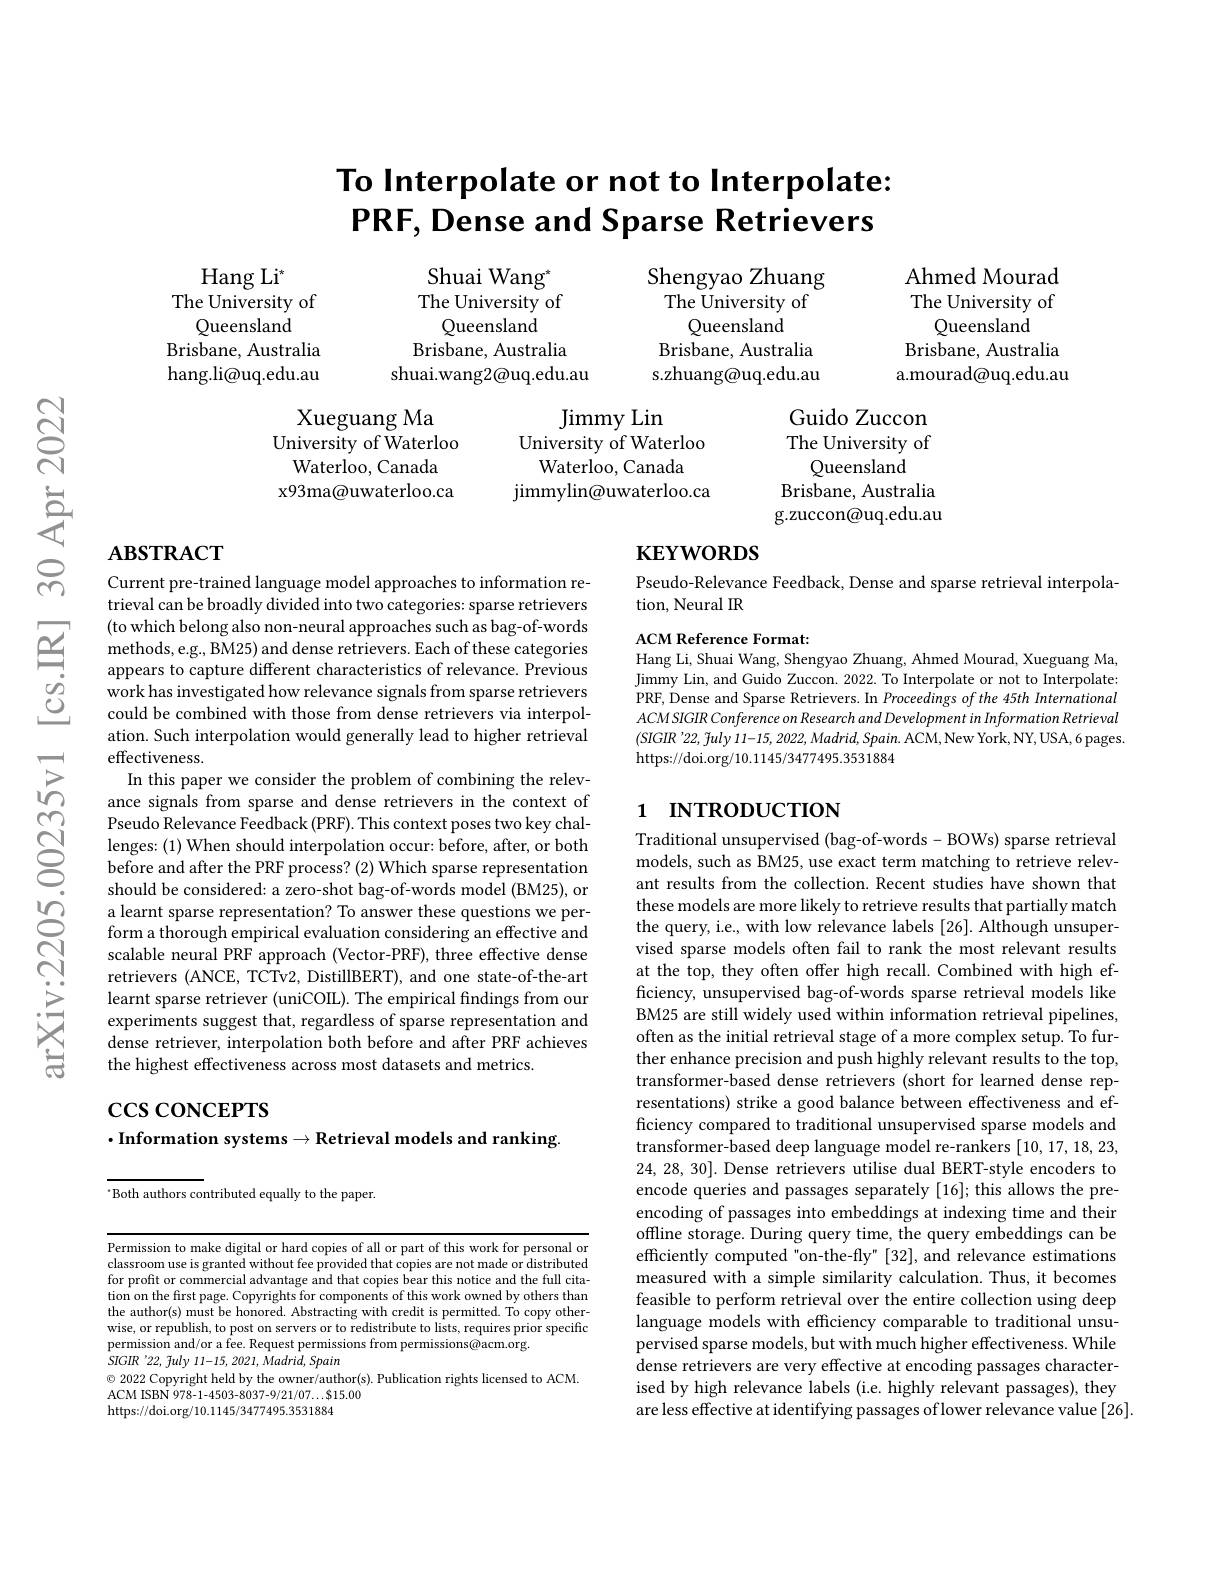
# To Interpolate or not to Interpolate: PRF, Dense and Sparse Retrievers

Ahmed Mourad

The University of

$\operatorname{Hang}\operatorname{Li}^{\star}$
The University of
Queensland
Brisbane, Australia hang.li@uq.edu.au

Shuai Wang$^{*}$
Shengyao Zhuang
The University of
The University of
Queensland
Queensland
Brisbane, Australia
Brisbane, Australia s.zhuang@uq.edu.au
shuai.wang2@uq.edu.au

Queensland

Brisbane, Australia

a.mourad@uq.edu.au

Xueguang Ma
University of Waterloo
Waterloo, Canada x93ma@uwaterloo.ca

Jimmy Lin
University of Waterloo
Waterloo, Canada
jimmylin@uwaterloo.ca

Guido Zuccon The University of
Queensland
Brisbane, Australia g.zuccon@uq.edu.au

## $\mathbf{ABSTRACT}$

# $\mathbf{KEYWORDS}$

Pseudo-Relevance Feedback, Dense and sparse retrieval interpola-
tion, Neural IR

ACM Reference Format:
Hang Li, Shuai Wang, Shengyao Zhuang, Ahmed Mourad, Xueguang Ma, Jimmy Lin, and Guido Zuccon. 2022. To Interpolate or not to Interpolate: PRF, Dense and Sparse Retrievers. In Proceedings of the 45th International ACM SIGIR Conference on Research and Development in Information Retrieval $(SIGIR'22,\tilde{f}uly~11-15,~2022,~Madrid,~Spain.~ACM,~New~York,~NY,~USA,~6~pages.$ https://doi.org/10.1145/3477495.3531884

# 1 INTRODUCTION

Current pre-trained language model approaches to information retrieval can be broadly divided into two categories: sparse retrievers (to which belong also non-neural approaches such as bag-of-words methods, e.g., BM25) and dense retrievers. Each of these categories appears to capture different characteristics of relevance. Previous work has investigated how relevance signals from sparse retrievers could be combined with those from dense retrievers via interpolation. Such interpolation would generally lead to higher retrieval effectiveness.
In this paper we consider the problem of combining the relevance signals from sparse and dense retrievers in the context of Pseudo Relevance Feedback (PRF). This context poses two key challenges: (1) When should interpolation occur: before, after, or both before and after the PRF process? (2) Which sparse representation should be considered: a zero-shot bag-of-words model (BM25), or a learnt sparse representation? To answer these questions we perform a thorough empirical evaluation considering an effective and scalable neural PRF approach (Vector-PRF), three effective dense retrievers (ANCE, TCTv2, DistillBERT), and one state-of-the-art learnt sparse retriever (uniCOIL). The empirical findings from our experiments suggest that, regardless of sparse representation and dense retriever, interpolation both before and after PRF achieves the highest effectiveness across most datasets and metrics.

# $\csc\csc$coNCEPTS
$\cdot$Information systems$\to$Retrieval models and ranking

Traditional unsupervised (bag-of-words- BOWs) sparse retrieval models, such as BM25, use exact term matching to retrieve relevant results from the collection. Recent studies have shown that these models are more likely to retrieve results that partially match the query, i.e., with low relevance labels [26]. Although unsupervised sparse models often fail to rank the most relevant results at the top, they often offer high recall. Combined with high efficiency, unsupervised bag-of-words sparse retrieval models like BM25 are still widely used within information retrieval pipelines, often as the initial retrieval stage of a more complex setup. To further enhance precision and push highly relevant results to the top, transformer-based dense retrievers (short for learned dense representations) strike a good balance between effectiveness and efficiency compared to traditional unsupervised sparse models and transformer-based deep language model re-rankers [10,17,18,23, 24, 28, 30]. Dense retrievers utilise dual BERT-style encoders to encode queries and passages separately [16]; this allows the preencoding of passages into embeddings at indexing time and their offline storage. During query time, the query embeddings can be efficiently computed "on-the-fly" [32], and relevance estimations measured with a simple similarity calculation. Thus, it becomes feasible to perform retrieval over the entire collection using deep language models with efficiency comparable to traditional unsupervised sparse models, but with much higher effectiveness. While dense retrievers are very effective at encoding passages characterised by high relevance labels (i.e. highly relevant passages), they are less effective at identifying passages of lower relevance value [26].

$^{\cdot}$Both authors contributed equally to the paper.

Permission to make digital or hard copies of all or part of this work for personal or classroom use is granted without fee provided that copies are not made or distributed for profit or commercial advantage and that copies bear this notice and the full citation on the first page. Copyrights for components of this work owned by others than the author(s) must be honored. Abstracting with credit is permitted. To copy otherwise, or republish, to post on servers or to redistribute to lists, requires prior specific permission and/or a fee. Request permissions from permissions@acm.org.
$SIGIR$ '22, fuly 11-15, 2021, Madrid, Spain
$\odot$ 2022 Copyright held by the owner/author(s). Publication rights licensed to ACM.
ACM ISBN 978-1-4503-8037-9/21/07...$15.00
https://doi.org/10.1145/3477495.3531884